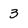
Character: 3